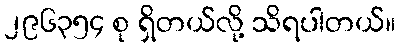
၂၉၆၃၅၄ စု ရှိတယ်လို့ သိရပါတယ်။